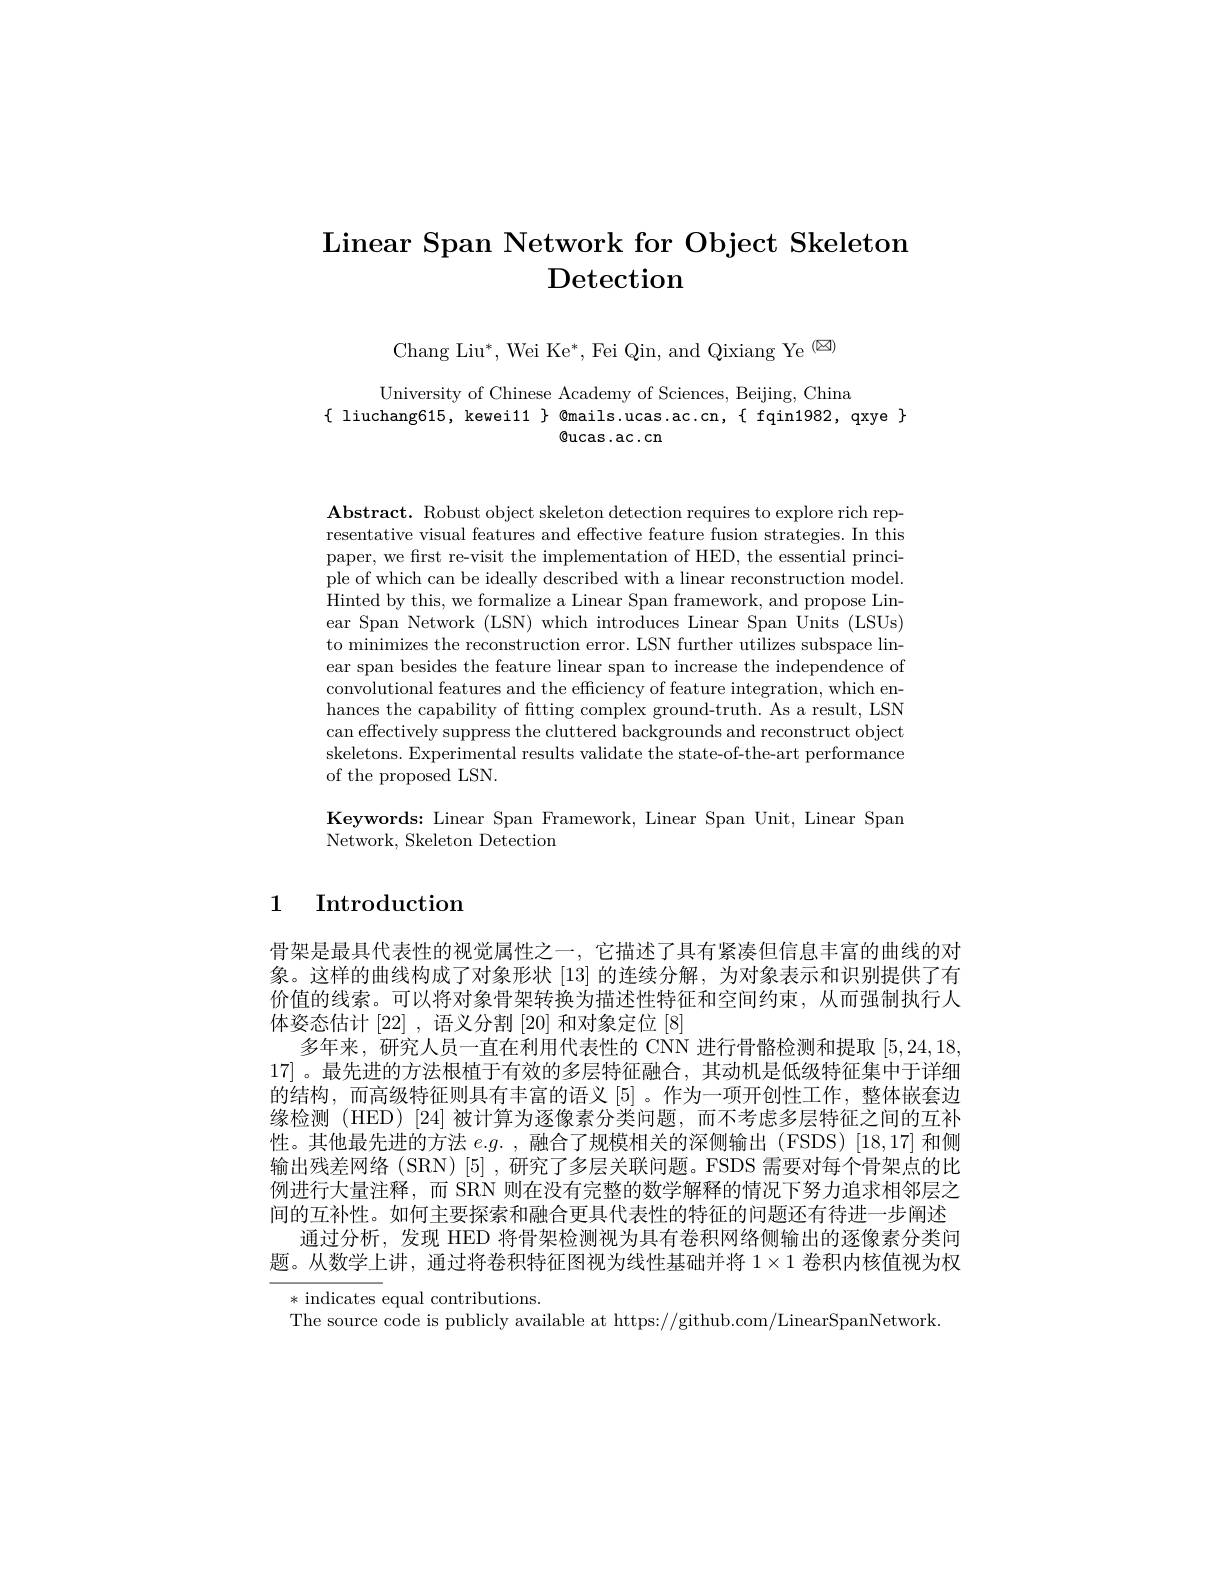
# Linear Span Network for Object Skeleton Detection

Chang Liu$^*$, Wei Ke$^*$, Fei Qin, and Qixiang Ye$^{(\boxtimes)}$

University of Chinese Academy of Sciences, Beijing, China
$\{$ liuchang615, kewei11 $\}$ @mails.ucas.ac.cn,{ fqin1982, qxye}
$\textcircled{\mathrm{ucas.ac.cn}}$

$\mathbf{Abstract.~Robust~object~skeleton~detection~requires~to~explore~rich~rep}$ resentative visual features and effective feature fusion strategies. In this paper, we first re-visit the implementation of HED, the essential principle of which can be ideally described with a linear reconstruction model. Hinted by this, we formalize a Linear Span framework, and propose Linear Span Network (LSN) which introduces Linear Span Units (LSUs) to minimizes the reconstruction error. LSN further utilizes subspace linear span besides the feature linear span to increase the independence of convolutional features and the efficiency of feature integration, which enhances the capability of fitting complex ground-truth. As a result, LSN can effectively suppress the cluttered backgrounds and reconstruct object skeletons. Experimental results validate the state-of-the-art performance of the proposed LSN.

Keywords: Linear Span Framework, Linear Span Unit, Linear Span
Network, Skeleton Detection

# 1 Introduction

骨架是最具代表性的视觉属性之一，它描述了具有紧凑但信息丰富的曲线的对象。这样的曲线构成了对象形状[13]的连续分解，为对象表示和识别提供了有价值的线索。可以将对象骨架转换为描述性特征和空间约束，从而强制执行人体姿态估计[22],语义分割[20]和对象定位[8]
多年来，研究人员一直在利用代表性的 CNN 进行骨骼检测和提取[5,24,18,18] 17] 。最先进的方法根植于有效的多层特征融合，其动机是低级特征集中于详细的结构，而高级特征则具有丰富的语义[5]。作为一项开创性工作，整体嵌套边缘检测(HED)[24]被计算为逐像素分类问题，而不考虑多层特征之间的互补性。其他最先进的方法$e.g.$ ,融合了规模相关的深侧输出 (FSDS)[18,17]和侧输出残差网络(SRN)[5],研究了多层关联问题。FSDS 需要对每个骨架点的比例进行大量注释，而 SRN 则在没有完整的数学解释的情况下努力追求相邻层之间的互补性。如何主要探索和融合更具代表性的特征的问题还有待进一步阐述
通过分析，发现 HED 将骨架检测视为具有卷积网络侧输出的逐像素分类问题。从数学上讲，通过将卷积特征图视为线性基础并将 1$\times1$卷积内核值视为权* indicates equal contributions
The source code is publicly available at https://github.com/LinearSpanNetwork